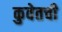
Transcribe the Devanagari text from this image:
कुवेतची